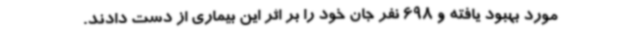
مورد بهبود یافته و 698 نفر جان خود را بر اثر این بیماری از دست دادند.